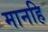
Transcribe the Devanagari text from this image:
मानहि